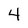
Character: 4